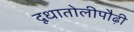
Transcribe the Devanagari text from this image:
दूधातोलीपौढ़ी